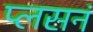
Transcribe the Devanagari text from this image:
प्लसनं